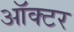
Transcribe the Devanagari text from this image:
ऑक्टर